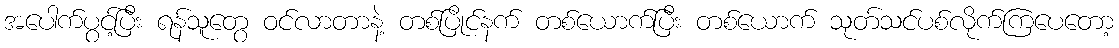
အပေါက်ပွင့်ပြီး ရန်သူတွေ ဝင်လာတာနဲ့ တစ်ပြိုင်နက် တစ်ယောက်ပြီး တစ်ယောက် သုတ်သင်ပစ်လိုက်ကြပေတော့